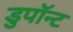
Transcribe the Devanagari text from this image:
डुपॉन्ट